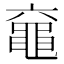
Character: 𪓖